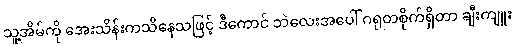
သူ့အိမ်ကို အေးသိန်းကသိနေသဖြင့် ဒီကောင် ဘဲလေးအပေါ် ဂရုတစိုက်ရှိတာ ချီးကျူး